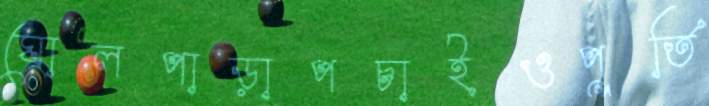
ঘোলপাড়াপচাইওপূর্তি